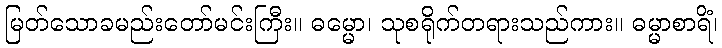
မြတ်သောခမည်းတော်မင်းကြီး။ ဓမ္မော၊ သုစရိုက်တရားသည်ကား။ ဓမ္မာစာရိံ၊